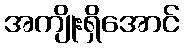
အကျိုးရှိအောင်